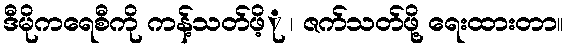
ဒီမိုကရေစီကို ကန့်သတ်ဖိ့ု ၊ ဇက်သတ်ဖို့ ရေးထားတာ။